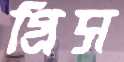
গ্রিস